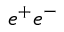
e ^ { + } e ^ { - }